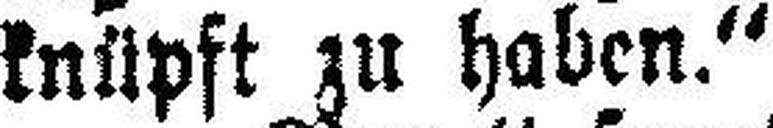
knüpft zu haben.“